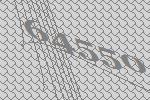
64550